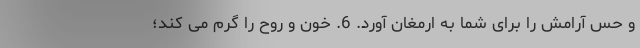
و حس آرامش را برای شما به ارمغان آورد. 6. خون و روح را گرم می کند؛